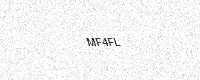
Text: MF4FL